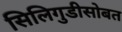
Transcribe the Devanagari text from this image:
सिलिगुडीसोबत